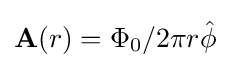
\mathbf {A} (r)=\Phi _{0}/2\pi r{\hat {\phi }}